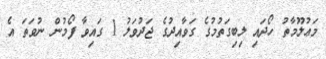
މަޢުލޫމާތު ހޯދައި ލިބިގަތުމުގެ ގަވާއިދުގެ ޖަދުވަލު 1 ގައިވާ ފޯމުން ނުވަތަ އެ